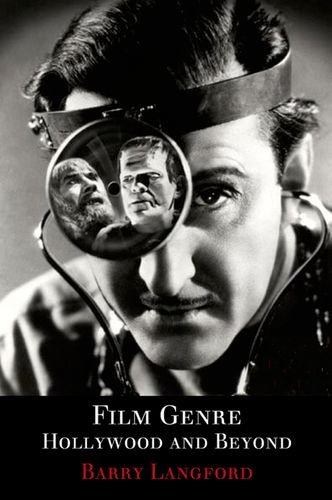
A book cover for Film Genre: Hollywood and Beyond; Barry Langford; Humor & Entertainment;